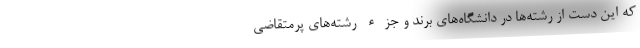
که این دست از رشته‌ها در دانشگاه‌های برند و جزء رشته‌های پرمتقاضی